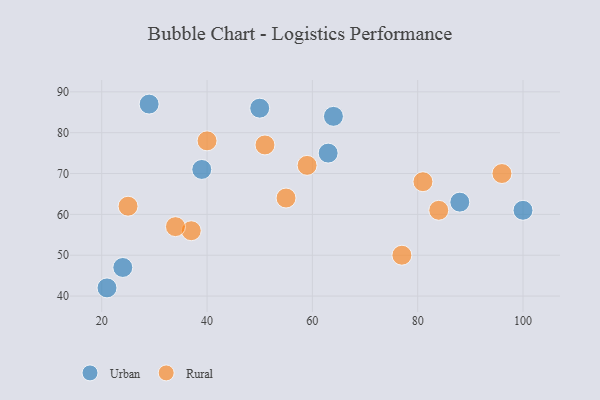
{"axis": {"x": "GDP", "y": "Life Expectancy"}, "legend": ["Rural", "Urban"], "data": [{"x": "100", "y": 61, "type": "Urban"}, {"x": "21", "y": 42, "type": "Urban"}, {"x": "39", "y": 71, "type": "Urban"}, {"x": "29", "y": 87, "type": "Urban"}, {"x": "50", "y": 86, "type": "Urban"}, {"x": "63", "y": 75, "type": "Urban"}, {"x": "24", "y": 47, "type": "Urban"}, {"x": "64", "y": 84, "type": "Urban"}, {"x": "88", "y": 63, "type": "Urban"}, {"x": "77", "y": 50, "type": "Rural"}, {"x": "81", "y": 68, "type": "Rural"}, {"x": "55", "y": 64, "type": "Rural"}, {"x": "37", "y": 56, "type": "Rural"}, {"x": "40", "y": 78, "type": "Rural"}, {"x": "84", "y": 61, "type": "Rural"}, {"x": "51", "y": 77, "type": "Rural"}, {"x": "96", "y": 70, "type": "Rural"}, {"x": "59", "y": 72, "type": "Rural"}, {"x": "25", "y": 62, "type": "Rural"}, {"x": "34", "y": 57, "type": "Rural"}]}